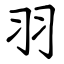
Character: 羽